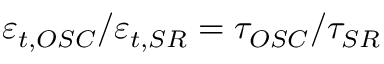
\varepsilon _ { t , O S C } / \varepsilon _ { t , S R } = \tau _ { O S C } / \tau _ { S R }